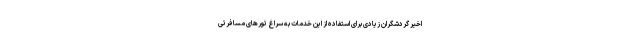
اخیر گردشگران زیادی برای استفاده از این خدمات به سراغ تورهای مسافرتی